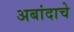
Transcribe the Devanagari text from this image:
अबांदाचे